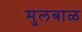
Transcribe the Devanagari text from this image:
मुलबाळ